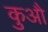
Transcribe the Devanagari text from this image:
कुऔ